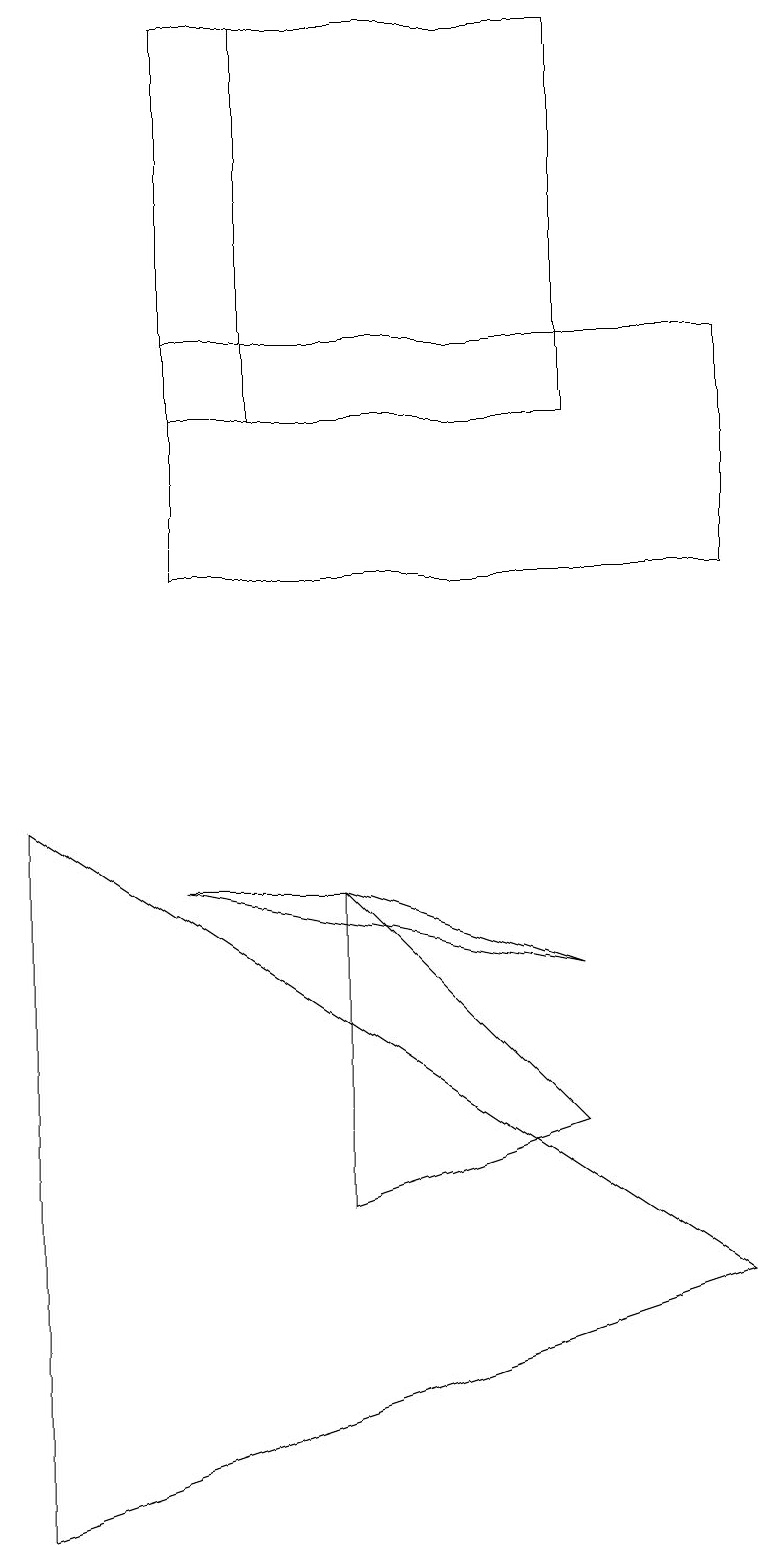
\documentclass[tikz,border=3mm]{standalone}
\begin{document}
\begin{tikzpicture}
\draw (2,12) rectangle (9,15);
\draw (7,19) rectangle (3,14);
\draw (0,0) -- (0,9) -- (9,3) -- cycle;
\draw (2,8) -- (4,8) -- (7,7) -- cycle;
\draw (7,5) -- (4,4) -- (4,8) -- cycle;
\draw (2,14) rectangle (7,19);
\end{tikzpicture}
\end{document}